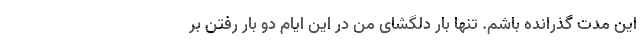
این مدت گذرانده باشم. تنها بار دلگشای من در این ایام دو بار رفتن بر